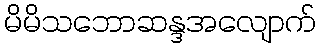
မိမိသဘောဆန္ဒအလျောက်